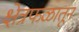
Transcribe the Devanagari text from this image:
क्षेत्रफळातून